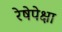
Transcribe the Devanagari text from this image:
रेषेपेक्षा